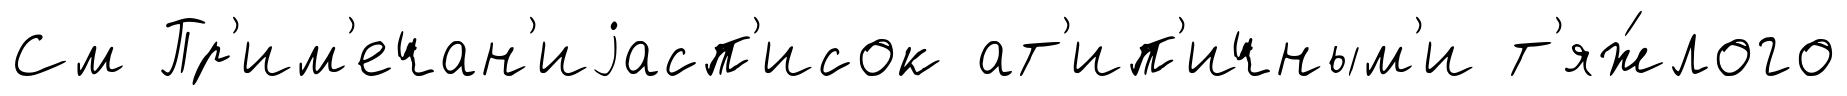
См Пр'им'ечан'иjасп'исок ат'ип'ичным'и т'яж́лого